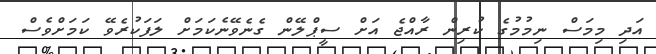
އަދި މިމަސް ނިމުމުގެ ކުރިން ރާއްޖެ އަށް ސީޕްލޭން ގެނެވޭނެކަމަށް ލަފަކުރެވޭ ކަމަށްވެސް